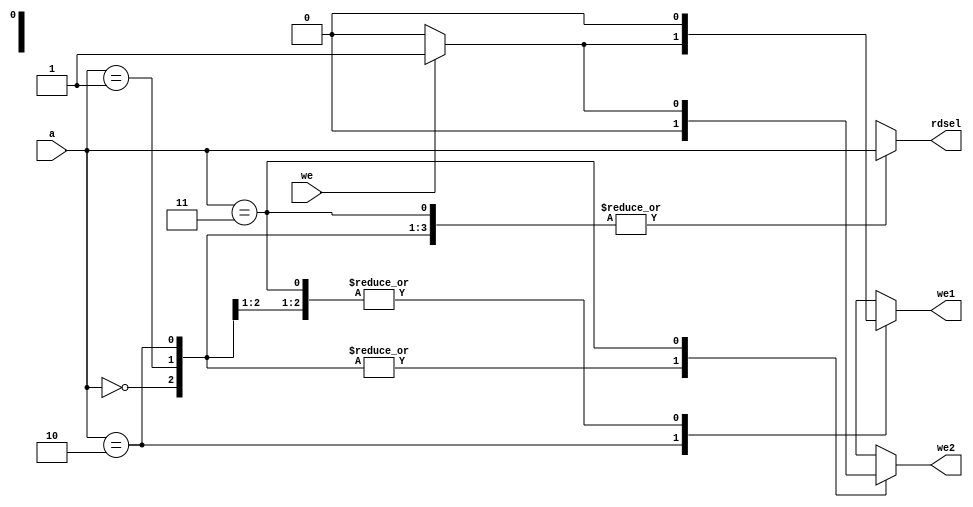
`timescale 1ns / 1ps

module gpioaddressdecoder(
input [1:0] a,
input we,
output reg we1,
output reg we2,
output reg [1:0] rdsel
    );

always@(*)
begin
    case(a)
        2'b00:
            begin
            we1=0;
            we2=0;
            rdsel=a;
            end
        2'b01:
            begin
            we1=0;
            we2=0;
            rdsel=a;
            end
        2'b10:
            begin
            if(we)
                begin
                we1=we;
                we2=0;
                rdsel=a;
                end
            else
                begin
                we1=0;
                we2=0;
                rdsel=a;            
                end
            end
        2'b11:
            begin
            if(we)
                begin
                we1=0;
                we2=we;
                rdsel=a;
                end
            else
                begin
                we1=0;
                we2=0;
                rdsel=a;            
                end
            end
    endcase
end
endmodule